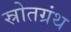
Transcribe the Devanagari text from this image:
स्रोतग्रंथ